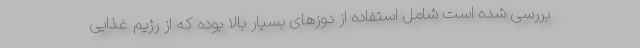
بررسی شده است شامل استفاده از دوزهای بسیار بالا بوده که از رژیم غذایی